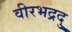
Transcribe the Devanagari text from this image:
वीरभद्रदु